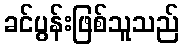
ခင်ပွန်းဖြစ်သူသည်